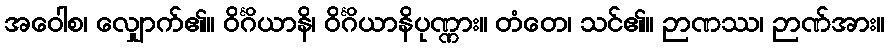
အဝေါစ၊ လျှောက်၏။ ဝိင်္ဂိယာနိ၊ ဝိင်္ဂိယာနိပုဏ္ဏား။ တံတေ၊ သင်၏။ ဉာဏဿ၊ ဉာဏ်အား။